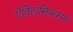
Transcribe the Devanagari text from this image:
ऐतिहासिकरण